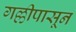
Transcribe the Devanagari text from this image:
गल्लीपासून